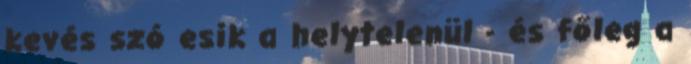
kevés szó esik a helytelenül - és főleg a